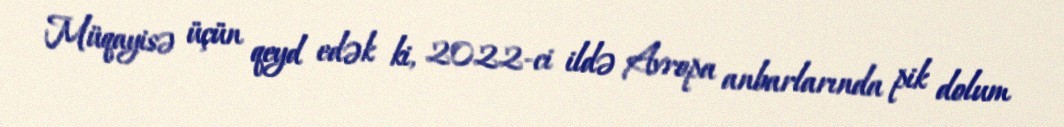
Müqayisə üçün qeyd edək ki, 2022-ci ildə Avropa anbarlarında pik dolum